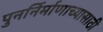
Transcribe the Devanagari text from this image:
पुनर्निर्माणाच्यासाठी